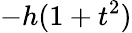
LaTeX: -h(1+t^{2})